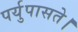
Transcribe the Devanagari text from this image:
पर्युपासते।